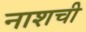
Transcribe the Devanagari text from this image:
नाशची